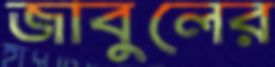
জাবুলের